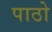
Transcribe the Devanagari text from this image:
पाठो